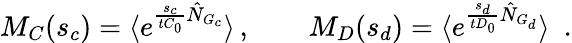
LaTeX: M_{C}(s_{c})=\langle e^{\frac{s_{c}}{tC_{0}}\hat{N}_{G_{c}}}\rangle\, ,\qquad M_{D}(s_{d})=\langle e^{\frac{s_{d}}{tD_{0}}\hat{N}_{G_{d}}}\rangle~~.